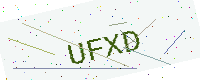
Text: UFXD